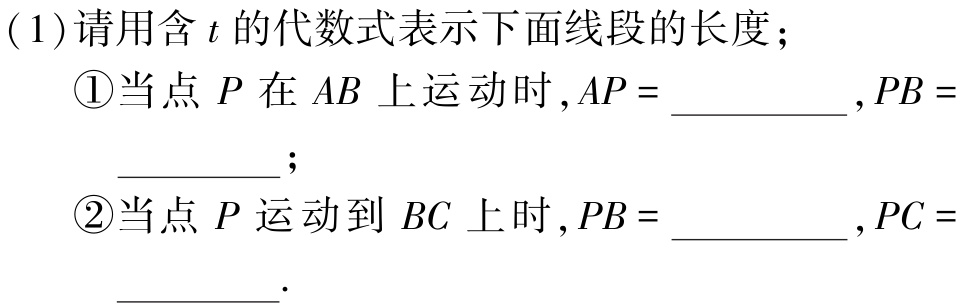
(1)请用含\(t\)的代数式表示下面线段的长度；
\textcircled{1}当点\(P\)在\(AB\)上运动时,\(AP = \_\_\_\_\_\_\),\(PB = \_\_\_\_\_\_\)；
\textcircled{2}当点\(P\)运动到\(BC\)上时,\(PB = \_\_\_\_\_\_\),\(PC = \_\_\_\_\_\_\).